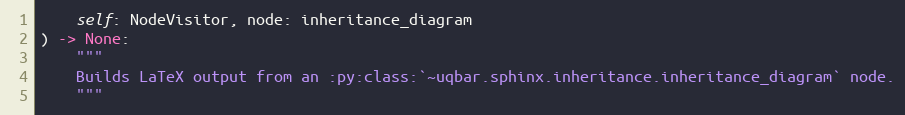
Language: Python
    self: NodeVisitor, node: inheritance_diagram
) -> None:
    """
    Builds LaTeX output from an :py:class:`~uqbar.sphinx.inheritance.inheritance_diagram` node.
    """